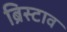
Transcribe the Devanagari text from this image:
ब्रिस्टाव